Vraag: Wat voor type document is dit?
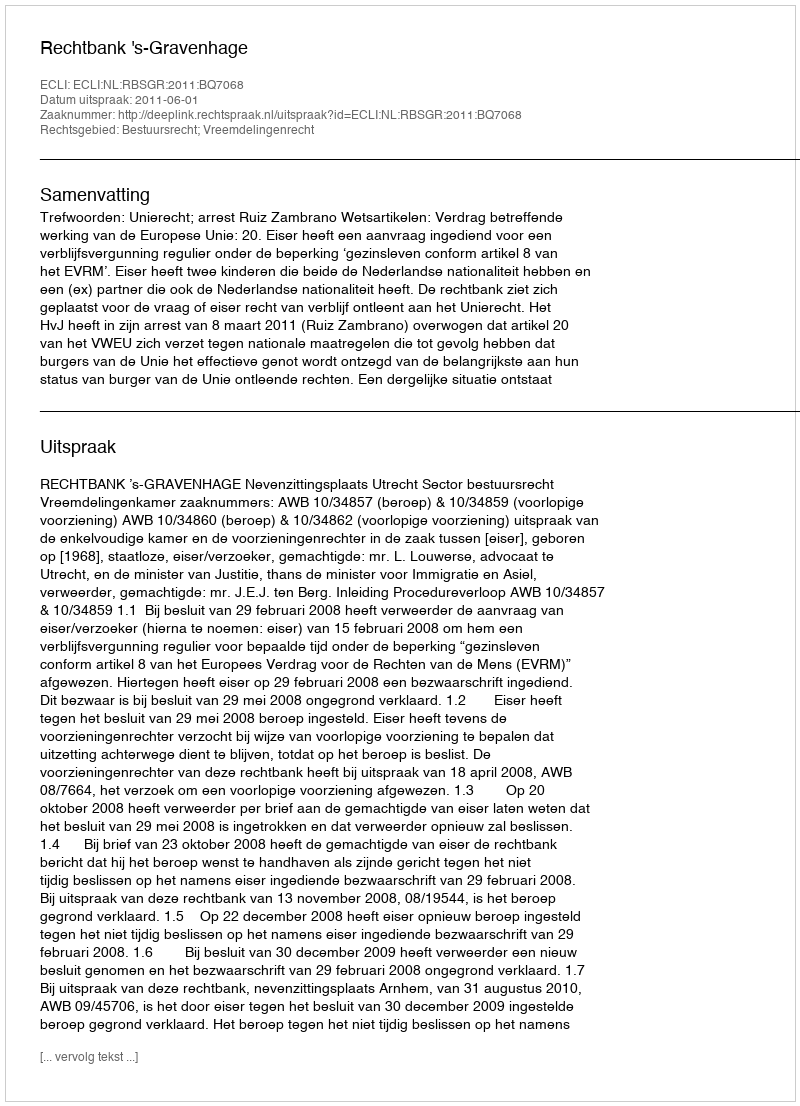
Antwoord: Uitspraak